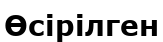
Өсірілген